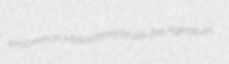
encommon Mesostoma brush-fire Ageratum